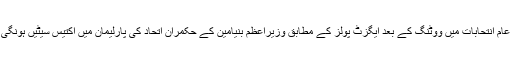
اسرائیل میں ہونے والے عام انتحابات میں ووٹنگ کے بعد ایگزٹ پولز کے مطابق وزیراعظم بنیامین کے حکمران اتحاد کی پارلیمان میں اکتیس سیٹیں ہونگی جو اس وقت بیالیس ہیں۔